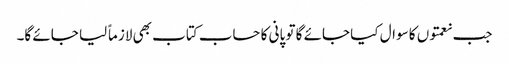
جب نعمتوں کا سوال کیا جائے گا تو پانی کا حساب کتاب بھی لازماً لیا جائے گا۔